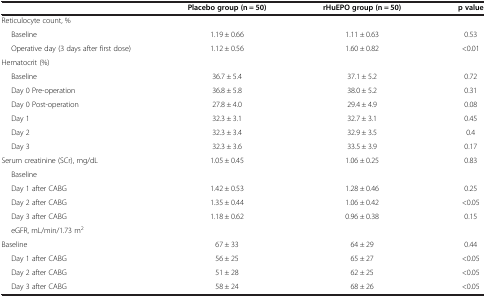
|  | Placebo group (n = 50) | rHuEPO group (n = 50) | p value |
 | --- | --- | --- | --- |
 | Reticulocyte count, % |  |  |  |
 | Baseline | 1.19 ± 0.66 | 1.11 ± 0.63 | 0.53 |
 | Operative day (3 days after first dose) | 1.12 ± 0.56 | 1.60 ± 0.82 | <0.01 |
 | Hematocrit (%) |  |  |  |
 | Baseline | 36.7 ± 5.4 | 37.1 ± 5.2 | 0.72 |
 | Day 0 Pre-operation | 36.8 ± 5.8 | 38.0 ± 5.2 | 0.31 |
 | Day 0 Post-operation | 27.8 ± 4.0 | 29.4 ± 4.9 | 0.08 |
 | Day 1 | 32.3 ± 3.1 | 32.7 ± 3.1 | 0.45 |
 | Day 2 | 32.3 ± 3.4 | 32.9 ± 3.5 | 0.4 |
 | Day 3 | 32.3 ± 3.6 | 33.5 ± 3.9 | 0.17 |
 | Serum creatinine (SCr), mg/dL | 1.05 ± 0.45 | 1.06 ± 0.25 | 0.83 |
 | Baseline |  |  |  |
 | Day 1 after CABG | 1.42 ± 0.53 | 1.28 ± 0.46 | 0.25 |
 | Day 2 after CABG | 1.35 ± 0.44 | 1.06 ± 0.42 | <0.05 |
 | Day 3 after CABG | 1.18 ± 0.62 | 0.96 ± 0.38 | 0.15 |
 | eGFR, mL/min/1.73 m2 |  |  |  |
 | Baseline | 67 ± 33 | 64 ± 29 | 0.44 |
 | Day 1 after CABG | 56 ± 25 | 65 ± 27 | <0.05 |
 | Day 2 after CABG | 51 ± 28 | 62 ± 25 | <0.05 |
 | Day 3 after CABG | 58 ± 24 | 68 ± 26 | <0.05 |